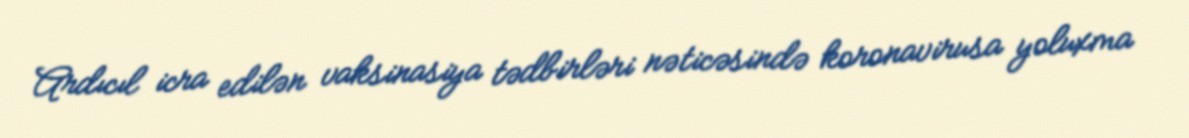
Ardıcıl icra edilən vaksinasiya tədbirləri nəticəsində koronavirusa yoluxma